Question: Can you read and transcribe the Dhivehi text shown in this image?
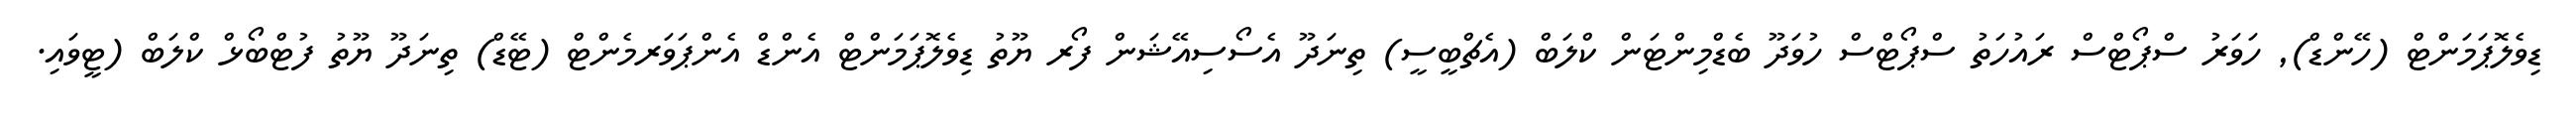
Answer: ޑިވެލޮޕަމަންޓް (ހޭންޑް), ހަވަރު ސްޕޯޓްސް ރައުހަތު ސްޕޯޓްސް ހުވަދޫ ބެޑްމިންޓަން ކްލަބް (އެޗްބީސީ) ތިނަދޫ އެސޯސިއޭޝަން ފޯރ ޔޫތު ޑިވެލޮޕަމަންޓް އެންޑް އެންޕަވަރމެންޓް (ޓޭޑް) ތިނަދޫ ޔޫތު ފުޓްބޯޅް ކްލަބް (ޓީވައި.